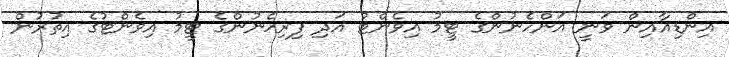
އިންޑިއާއިން ވަނީ އަންހެނުންގެ ޓީމު އިވެންޓު އަދި ފިރިހެނުންގެ ޓީމު އިވެންޓުގެ އިތުރުން